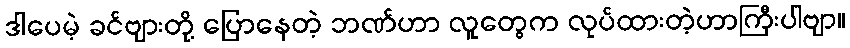
ဒါပေမဲ့ ခင်ဗျားတို့ ပြောနေတဲ့ ဘဏ်ဟာ လူတွေက လုပ်ထားတဲ့ဟာကြီးပါဗျာ။